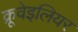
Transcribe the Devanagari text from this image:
क्रूवेइलियर